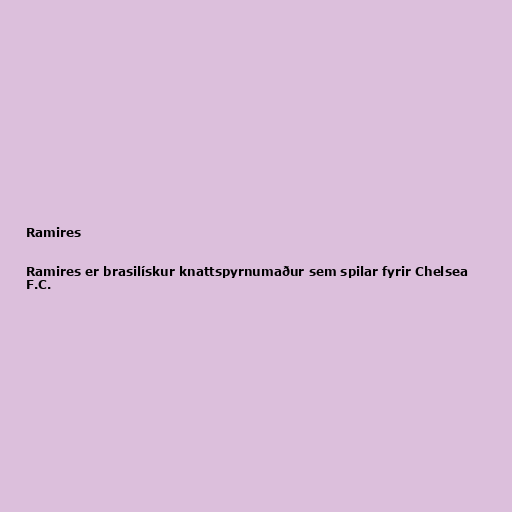
Ramires

Ramires er brasilískur knattspyrnumaður sem spilar fyrir Chelsea
F.C.